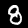
Label: 8